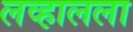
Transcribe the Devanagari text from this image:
लव्हालला